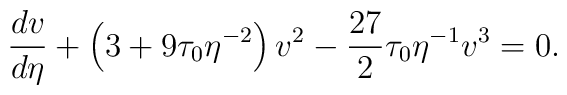
\frac{dv}{d\eta} + \left( 3 + 9 \tau_0 \eta^{-2} \right) v^2 -\frac{27}2 \tau_0 \eta^{-1} v^3 = 0.